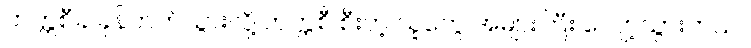
တက္ကစီခ ခုန်တက်သွားလို့ တက္ကစီ စီးတဲ့ သူတွေ အများကြီး လျော့သွားတယ်။